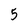
Character: 5